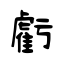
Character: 虧